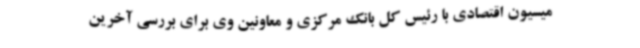
میسیون اقتصادی با رئیس کل بانک مرکزی و معاونین وی برای بررسی آخرین